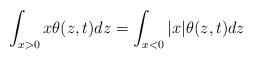
LaTeX: \begin{align*}\int_{x>0}x\theta(z,t)dz=\int_{x<0}|x|\theta(z,t)dz\end{align*}